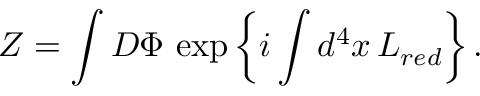
Z = \int { \cal D } \Phi \, \exp \left\{ i \int d ^ { 4 } x \, { \cal L } _ { r e d } \right\} .